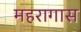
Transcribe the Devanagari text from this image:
महरागास